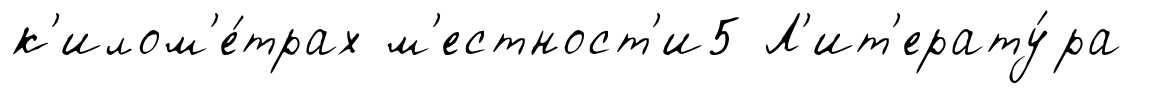
к'илом'е́трах м'естност'и5 Л'ит'ерату́ра